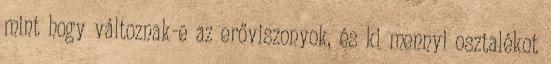
mint hogy változnak-e az erőviszonyok, és ki mennyi osztalékot